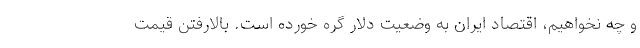
و چه نخواهیم، اقتصاد ایران به وضعیت دلار گره خورده است. بالارفتن قیمت